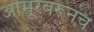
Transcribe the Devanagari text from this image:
आमूरवरूनच